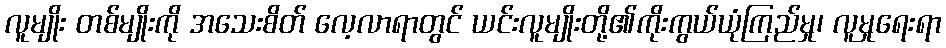
လူမျိုး တစ်မျိုးကို အသေးစိတ် လေ့လာရာတွင် ယင်းလူမျိုးတို့၏ကိုးကွယ်ယုံကြည်မှု၊ လူမှုရေးရာ